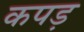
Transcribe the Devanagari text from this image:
कपड़